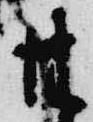
甘